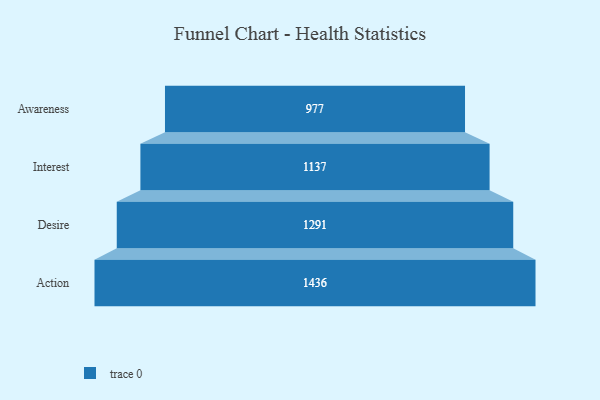
{"axis": {"x": "Stage", "y": "Value"}, "legend": [""], "data": [{"x": "Awareness", "y": 977.0, "type": ""}, {"x": "Interest", "y": 1137.0, "type": ""}, {"x": "Desire", "y": 1291.0, "type": ""}, {"x": "Action", "y": 1436.0, "type": ""}]}